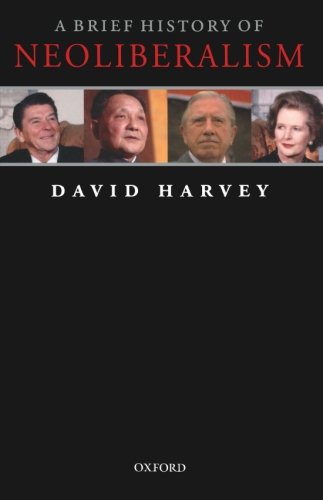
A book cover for A Brief History of Neoliberalism; David Harvey; Business & Money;